Laimjala_vallavalitsus, lk 25
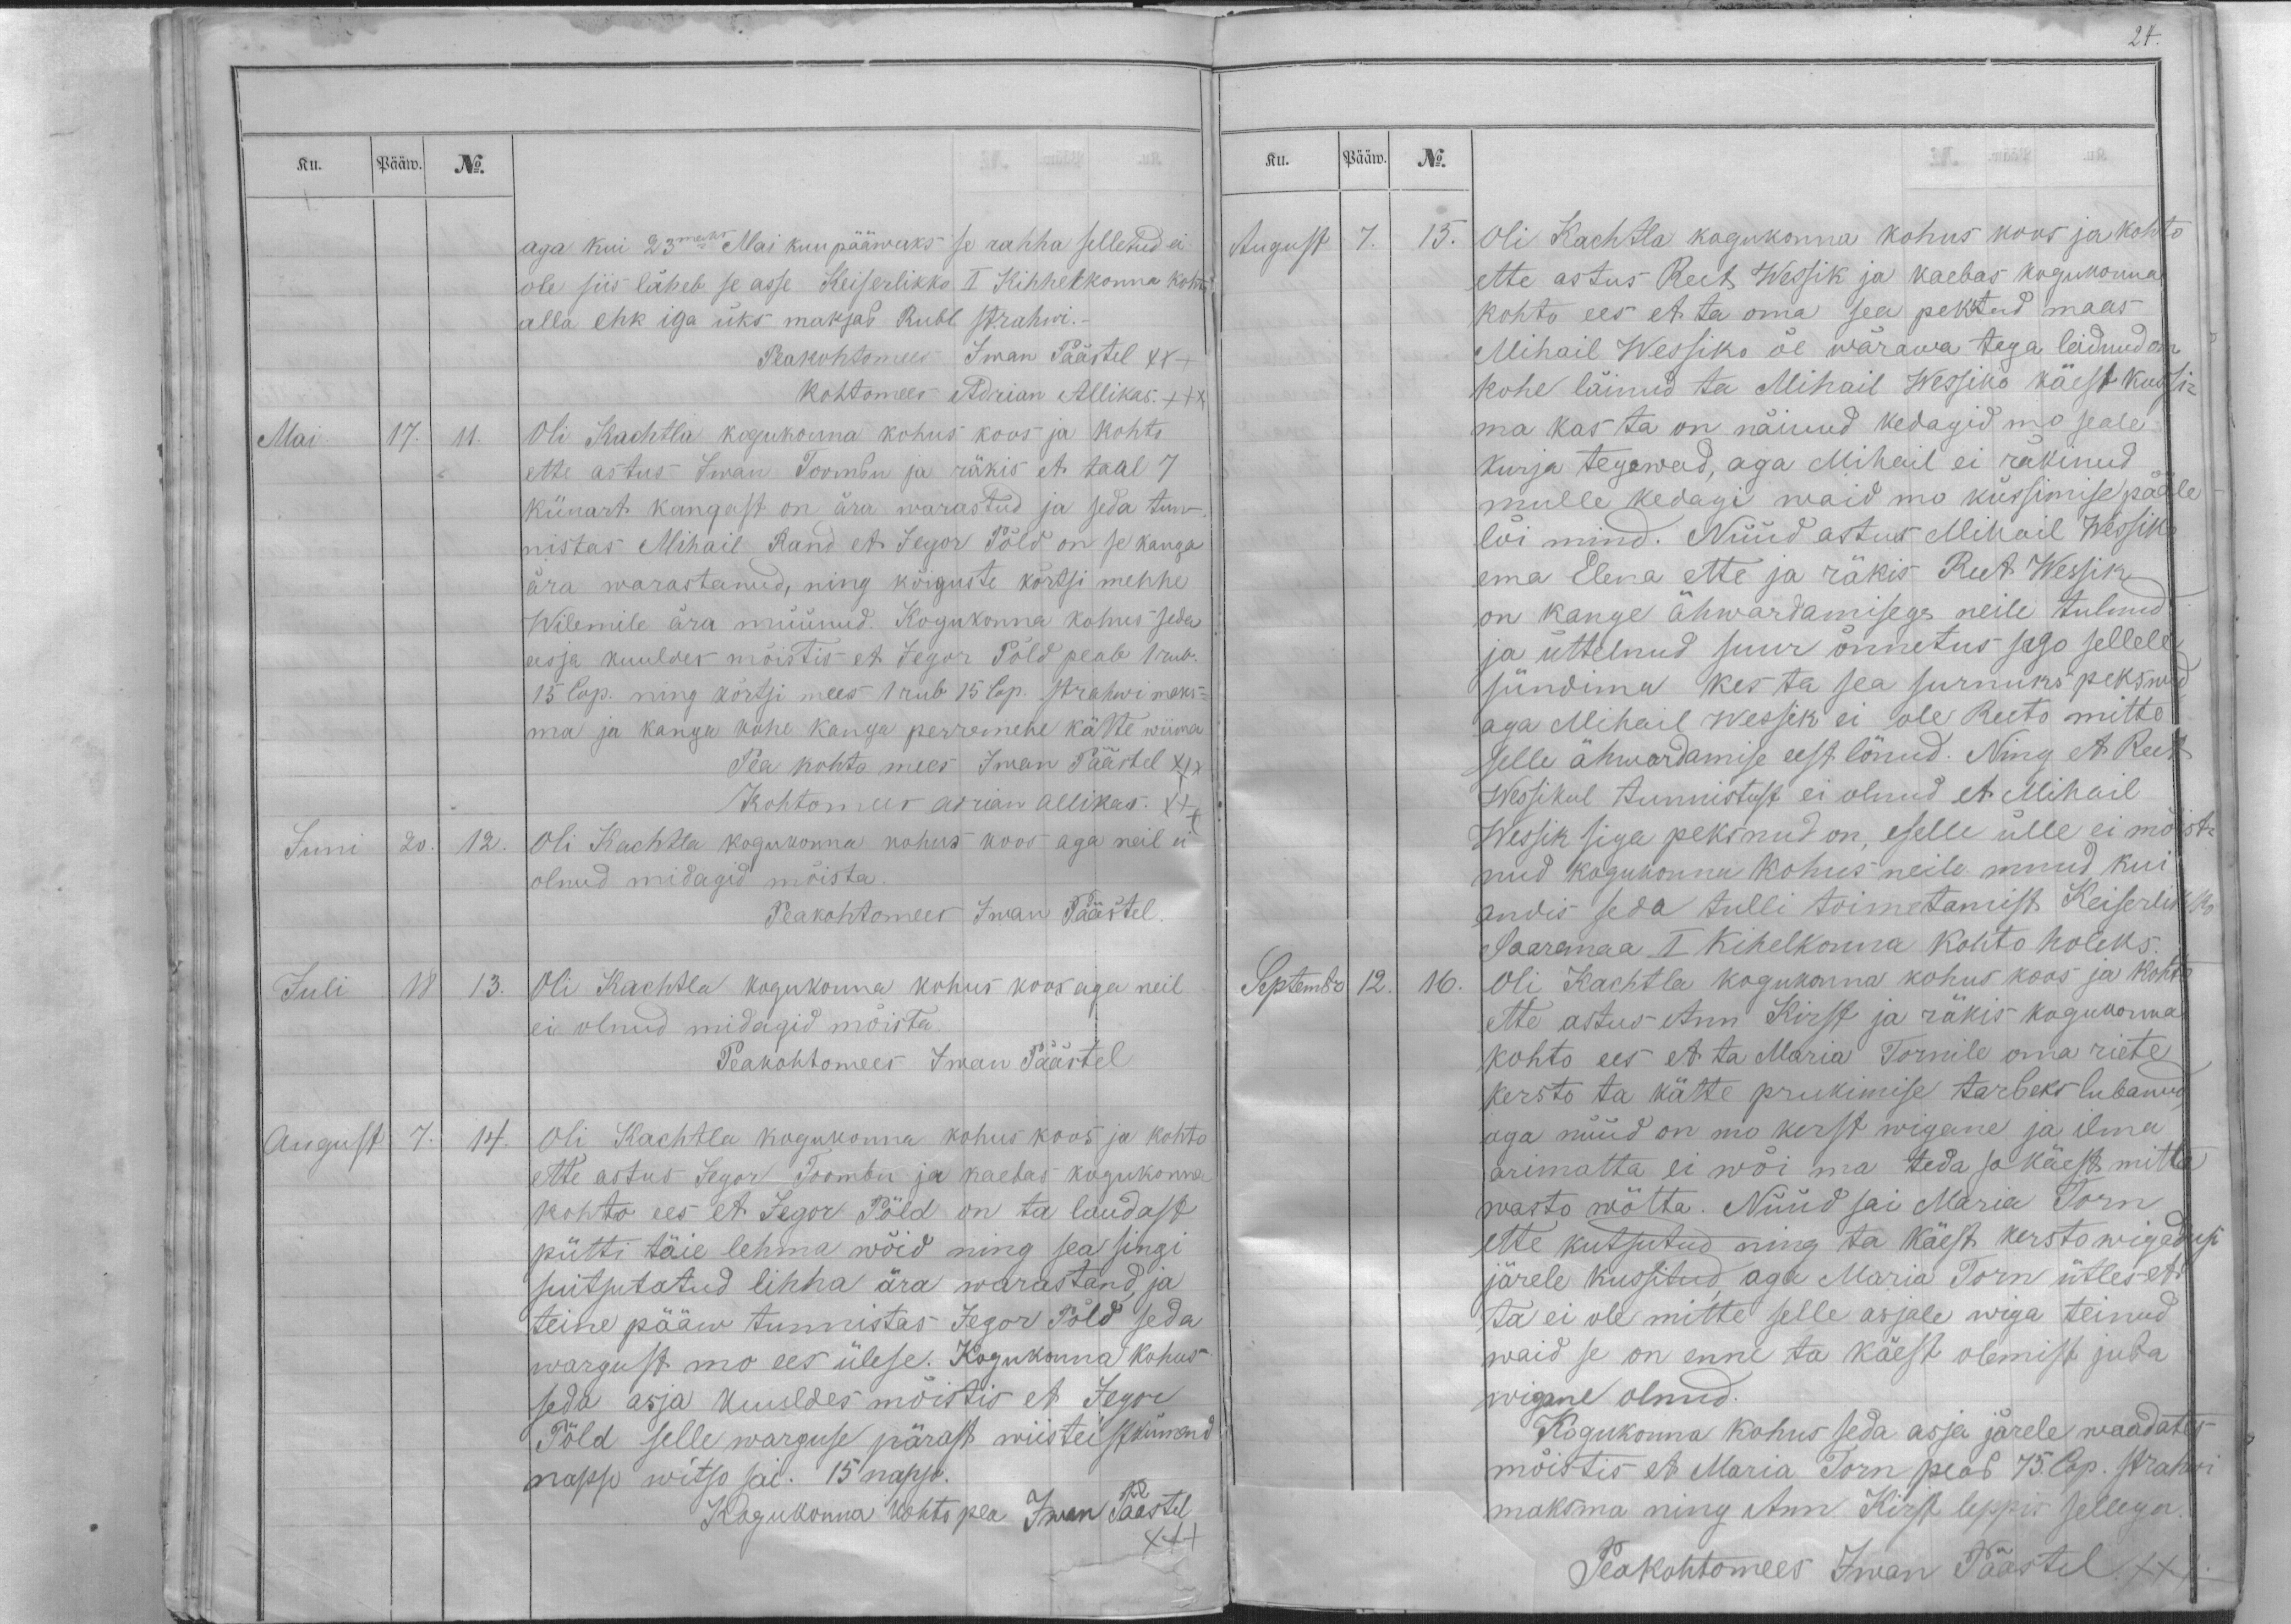
Ku.
Pääw.
No.
aga kui 23maks Mai kuu pääwaks se rahha selletud ei
ole siis läheb se asse Keiserlikko I Kihhelkonna kohto
alla ehk iga üks maksab Rubl strahwi.-
Peakohtomees Iwan Päästel XXX
Kohtomees Adrian Allikas. XXX
Mai.
17.
11.
Oli Kachtla kogukonna kohus koos ja kohto
ette astus Iwan Toombu ja räkis et taal 7
künart kangast on ära warastud ja seda tun-
nistas Mihail Rand et Jegor Põld on se kanga
ära warastanud, ning kõiguste kõrtsi mehhe
Wilemile ära müünud. Kogukonna kohus seda
asja kuuldes mõistis et Jegor Põld peab 1 rub.
15 Cop. ning kõrtsi mees 1 rub 15 Cop. strahwi maks-
ma ja kanga kohe kanga perremehe kätte wiima
Pea kohto mees: Iwan Päästel XXX
Kohtomees Adrian Allikas. XXX
Juni
20.
12.
Oli Kachtla kogukonna kohus koos aga neil ei
olnud midagid mõista.
Peakohtomees Iwan Päästel.
Juli
18.
13.
Oli Kachtla kogukonna kohus koos aga neil
ei olnud midagid mõista.
Peakohtomees Iwan Päästel
August
7.
14.
Oli Kachtla kogukonna kohus koos ja kohto
ette astus Jegor Toombu ja kaebas kogukonna
kohto ees et Jegor Põld on ta laudast
pütti täie lehma wõid ning sea singi
suitsutatud lihha ära warastand, ja
teine pääw tunnistas Jegor Põld seda
wargust mo ees ülese. Kogukonna kohus
seda asja kuuldes mõistis et Jegor
Põld selle warguse pärast wiisteistkümend
napso witso sai. 15 napso.
Kogukonna kohto pea Iwan Päästel
XXX

Ku.
Pääw.
No.
August
7.
13.
Oli Kachtla kogukonna kohus koos ja kohto
ette astus Reet Wessik ja kaebas kogukonna
kohto ees et ta oma sea pekstud maas
Mihail Wessiko õe wärawa taga leidnud on.
kohe läinud ta Mihail Wessiko käest kussi-
ma kas ta on näinud kedagid mo seale
kurja tegewad, aga Mihail ei räkinud
mulle kedagi waid mo küssimise pääle
lõi mind. Nüüd astus Mihail Wessiko
ema Elena ette ja räkis Reet Wessik
on kange ähwardamisega neile tulnud
ja üttelnud suur õnnetus sago sellele
sündima kes ta sea surnuks peksud
aga Mihail Wessik ei pole Reeto mitte
selle ähwardamise eest lönud. Ning et Reet
Wessikul tunnistust ei olnud et Mihail
Wessik siga peksnud on, eselle ülle ei mõist-
nud kogukonna kohus neile muud kui
andis seda tulli toimetamist Keiserlikko
Saaremaa I Kihelkonna kohto holeks.
Septembr
12.
16.
Oli Kachtla kogukonna kohus koos ja kohto
ette astus Ann Kirst ja räkis kogukonna
kohto ees et ta Maria Tornile oma riete
kersto ta kätte prukimise tarbeks lubanud
aga nüüd on mo kerst wigane ja ilma
arimatta ei wõi ma teda so käest mitte
wasto wõtta. Nüüd sai Maria Torn
ette kutsutud ning ta käest kersto wigadusi
järele kussitud, aga Maria Torm ütles et
ta ei ole mitte selle asjale wiga teinud
waid se on enne ta käest olemist juba
wigane olnud.
Kogukonna kohus seda asja järele waadates
mõistis et Maria Torn peab 75. Cop. strahwi
maksma ning Ann Kirst leppis sellega.
Peakohtomees Iwan Päästel. XXX